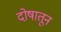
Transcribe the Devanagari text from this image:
दोषातून